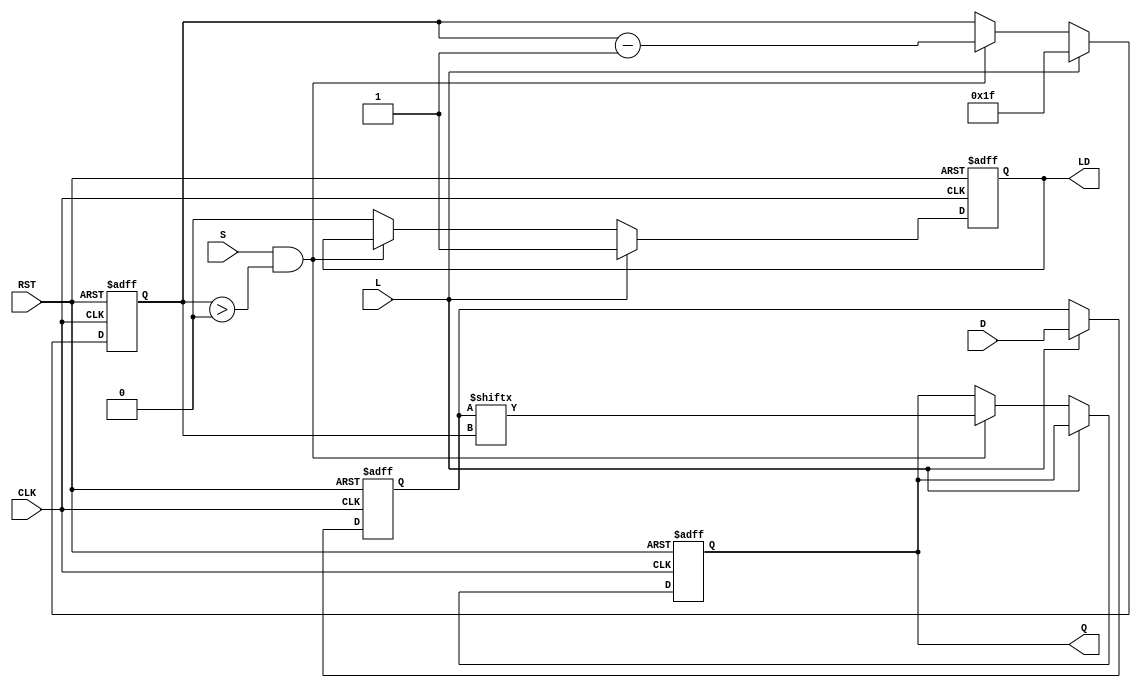
module PISO_Register (
    input wire [31:0] D,       // 32-bit parallel data input
    input wire L,              // Load control signal
    input wire S,              // Shift control signal
    input wire CLK,            // Clock input
    input wire RST,            // Asynchronous reset
    output reg Q,              // Serial output
    output reg LD              // Data loaded status output (optional)
);

    reg [31:0] shift_reg;      // Internal shift register to hold the data
    reg [5:0] bit_count;       // Counter for shifting bits

    // Asynchronous reset
    always @(posedge RST or posedge CLK) begin
        if (RST) begin
            shift_reg <= 32'b0; // Clear all bits of the shift register
            Q <= 1'b0;          // Clear serial output
            LD <= 1'b0;        // Clear data loaded flag
            bit_count <= 6'd0; // Reset bit counter
        end else if (L) begin
            shift_reg <= D;    // Load data into the shift register
            LD <= 1'b1;        // Set data loaded flag
            bit_count <= 6'd31; // Start shifting from MSB
        end else if (S && bit_count > 0) begin
            Q <= shift_reg[bit_count]; // Shift out the MSB to Q
            bit_count <= bit_count - 1; // Decrement the bit counter
        end else begin
            LD <= 1'b0; // Reset data loaded flag if not loading
        end
    end

endmodule